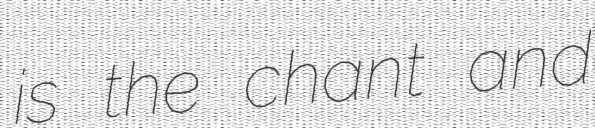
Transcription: is the chant and